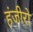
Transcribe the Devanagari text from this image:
हंजीरो